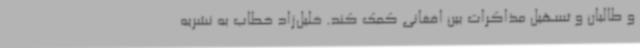
و طالبان و تسهیل مذاکرات بین افغانی کمک کند. خلیل‌زاد خطاب به نشریه